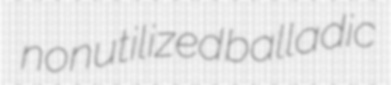
nonutilized balladic